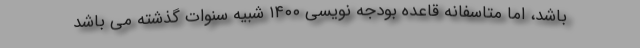
باشد، اما متاسفانه قاعده بودجه نویسی ۱۴۰۰ شبیه سنوات گذشته می باشد